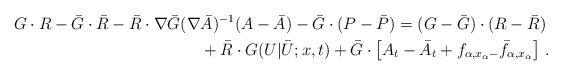
LaTeX: \begin{align*}G\cdot R-\bar G\cdot \bar R-\bar R\cdot \nabla\bar G(\nabla& \bar A)^{-1} (A-\bar A)-\bar G \cdot (P-\bar P)=(G-\bar G) \cdot (R-\bar R) \\&+\bar R \cdot G(U|\bar U;x,t)+\bar G\cdot \left[ A_t-\bar A_t+f_{\alpha,x_\alpha-}\bar f_{\alpha,x_\alpha}\right]\,.\end{align*}